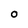
Character: O